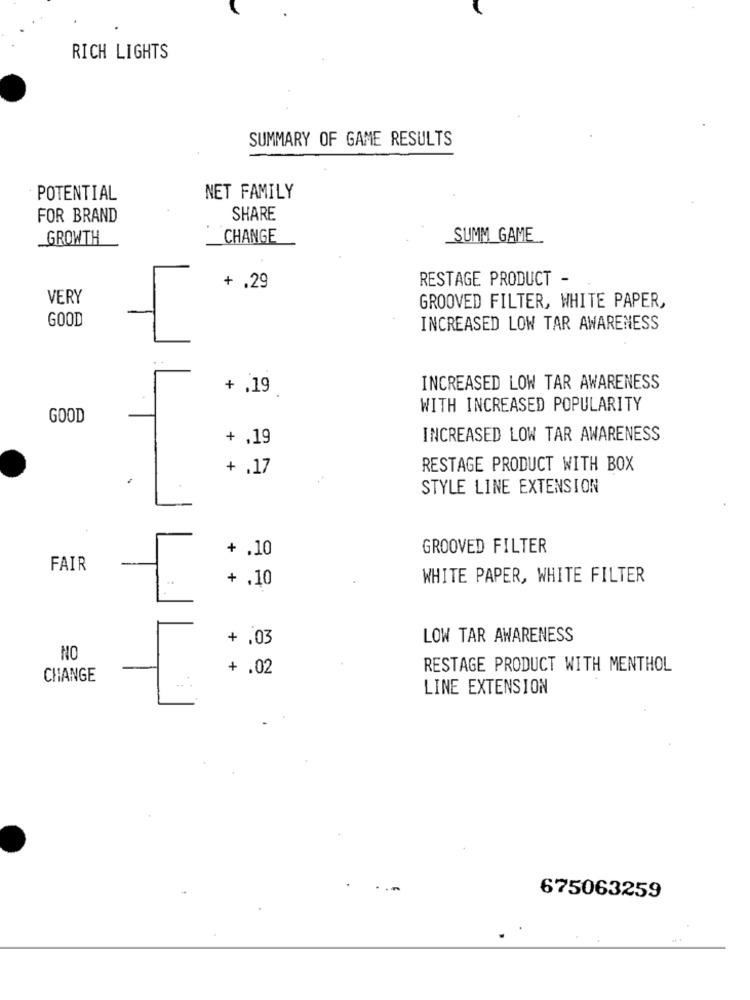
RICH LIGHTS
SUMMARY OF GAME RESULTS
POTENTIAL
NET FAMILY
FOR BRAND
SHARE
GROWTH
CHANGE
SUMM GAME
RESTAGE PRODUCT -
+ .29
VERY
GROOVED FILTER, WHITE PAPER,
GOOD
INCREASED LOW TAR AWARENESS
+ .19
INCREASED LOW TAR AWARENESS
WITH INCREASED POPULARITY
GOOD
+ ,19
INCREASED LOW TAR AWARENESS
+ .17
RESTAGE PRODUCT WITH BOX
STYLE LINE EXTENSION
+ .10
GROOVED FILTER
FAIR
WHITE PAPER, WHITE FILTER
+ .10
+ .03
LOW TAR AWARENESS
NO
+ .02
RESTAGE PRODUCT WITH MENTHOL
CHANGE
LINE EXTENSION
675063259